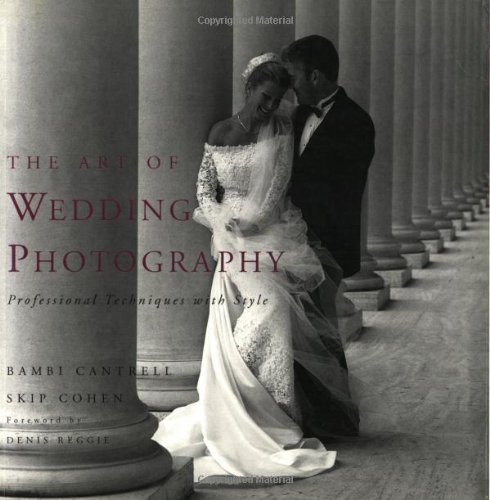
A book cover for The Art of Wedding Photography: Professional Techniques with Style; Bambi Cantrell; Crafts, Hobbies & Home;